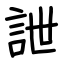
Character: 詍